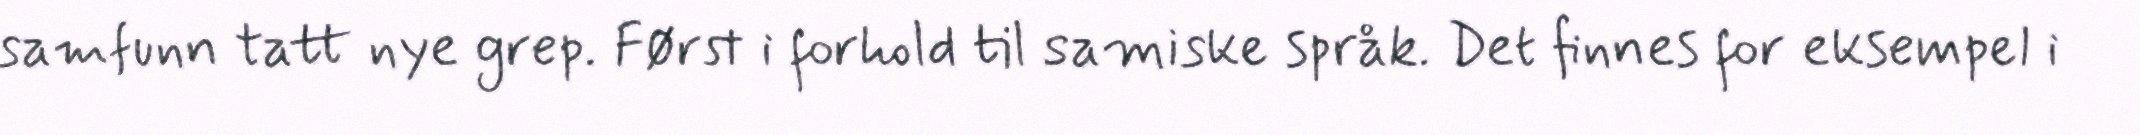
samfunn tatt nye grep. Først i forhold til samiske språk. Det finnes for eksempel i